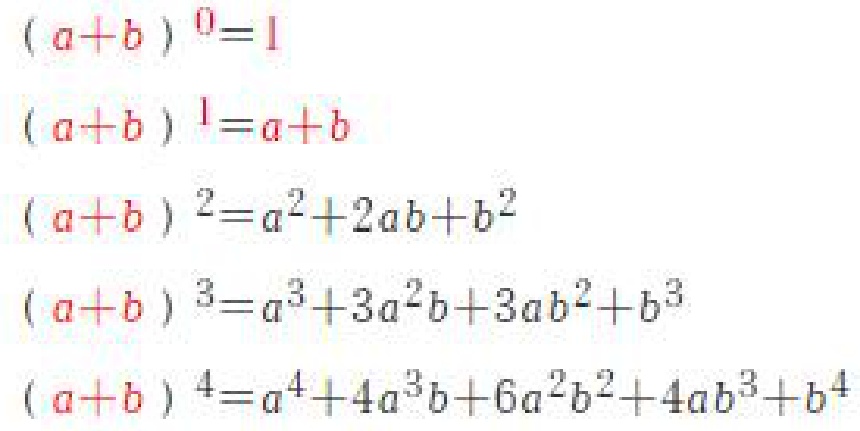
\((a + b)^0 = 1\)
\((a + b)^1 = a + b\)
\((a + b)^2 = a^{2}+2ab + b^{2}\)
\((a + b)^3 = a^{3}+3a^{2}b + 3ab^{2}+b^{3}\)
\((a + b)^4 = a^{4}+4a^{3}b + 6a^{2}b^{2}+4ab^{3}+b^{4}\)